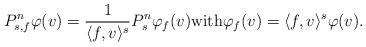
\begin{align*}P_{s,f}^n \varphi(v) = \frac{1}{\langle f, v \rangle^s} P_s^n \varphi_f(v) \mbox{with} \varphi_f(v) = \langle f, v \rangle^s \varphi(v). \end{align*}